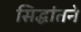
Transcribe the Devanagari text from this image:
सिद्धांतने